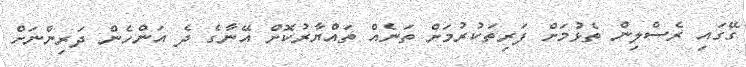
ގޭގައި ރެސްލިން ތެޅުމަށް ފަރިތަކުރުމަށް ތަނެއް ތައްޔާރުކޮށް އޭނާގެ ދެ އަންހެން ދަރިންނަށް